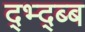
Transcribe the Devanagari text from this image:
द्भ्द्ब्ब